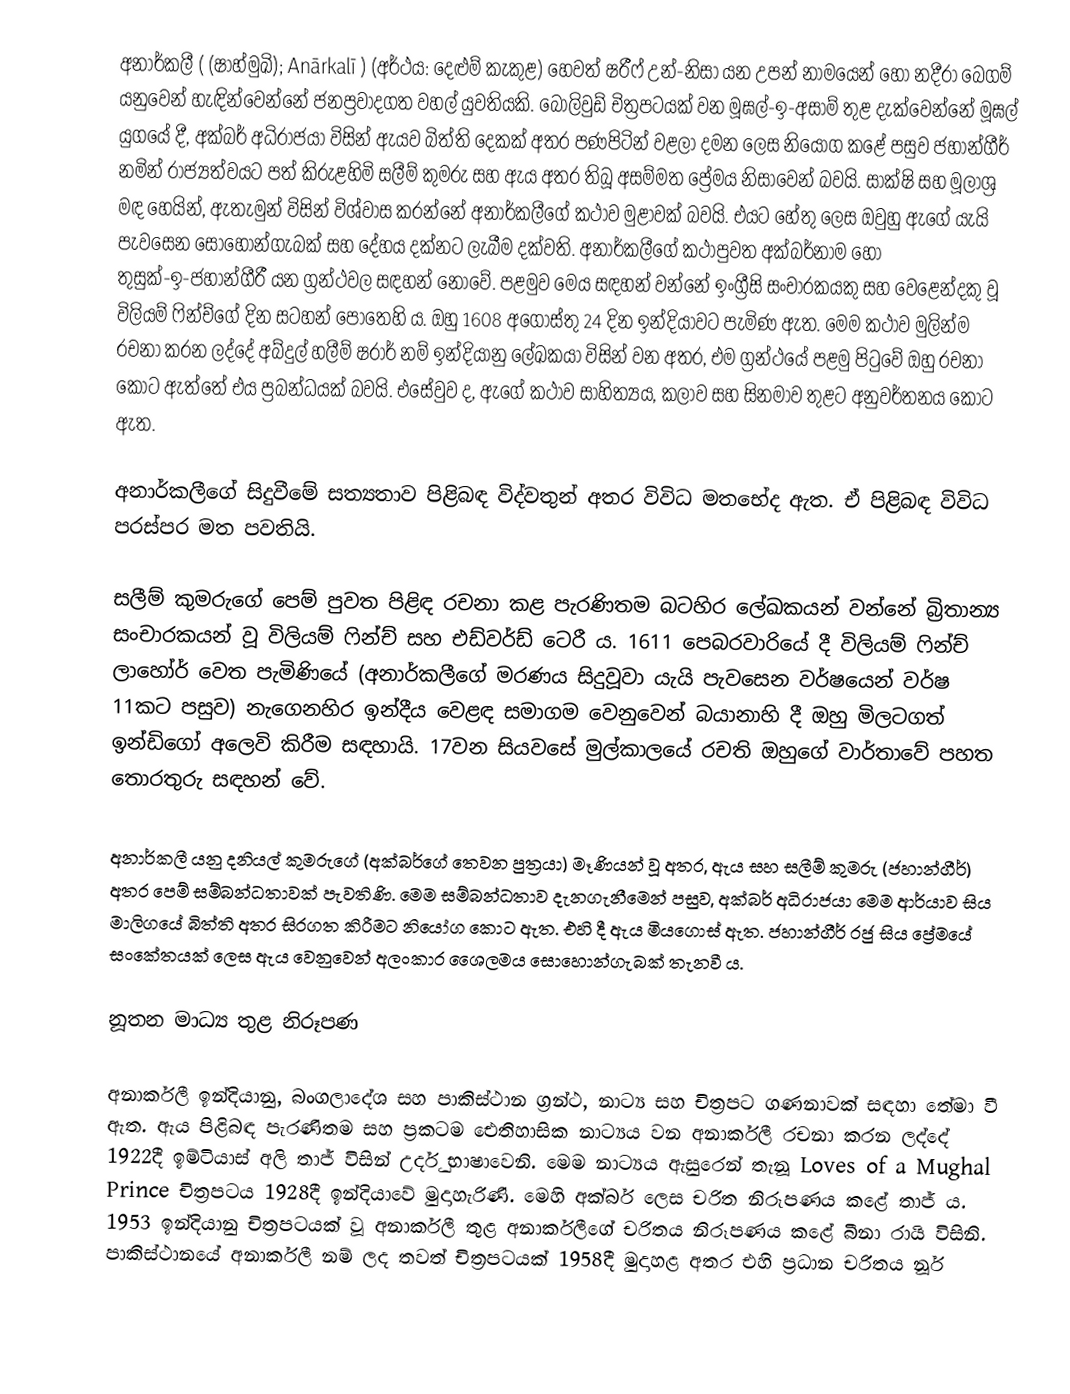
අනාර්කලී ( (ෂාහ්මුඛි); Anārkalī ) (අර්ථය: දෙළුම් කැකුළ) හෙවත් ෂරීෆ් උන්-නිසා යන උපන් නාමයෙන් හෝ නදීරා බෙගම් යනුවෙන් හැඳින්වෙන්නේ ජනප්‍රවාදගත වහල් යුවතියකි. බොලිවුඩ් චිත්‍රපටයක් වන මූඝල්-ඉ-අසාම් තුළ දැක්වෙන්නේ මූඝල් යුගයේ දී, අක්බර් අධිරාජයා විසින් ඇයව බිත්ති දෙකක් අතර පණපිටින් වළලා දමන ලෙස නියෝග කළේ පසුව ජහාන්ගීර් නමින් රාජ්‍යත්වයට පත් කිරුළහිමි සලීම් කුමරු සහ ඇය අතර තිබූ අසම්මත ප්‍රේමය නිසාවෙන් බවයි. සාක්ෂි සහ මූලාශ්‍ර මඳ හෙයින්, ඇතැමුන් විසින් විශ්වාස කරන්නේ අනාර්කලීගේ කථාව මුළාවක් බවයි. එයට හේතු ලෙස ඔවුහු ඇගේ යැයි පැවසෙන සොහොන්ගැබක් සහ දේහය දක්නට ලැබීම දක්වති. අනාර්කලීගේ කථාපුවත අක්බර්නාම හෝ තුසුක්-ඉ-ජහාන්ගීරී යන ග්‍රන්ථවල සඳහන් නොවේ. පළමුව මෙය සඳහන් වන්නේ ඉංග්‍රීසි සංචාරකයකු සහ වෙළෙන්දකු වූ විලියම් ෆින්ච්ගේ දින සටහන් පොතෙහි ය. ඔහු 1608 අගෝස්තු 24 දින ඉන්දියාවට පැමිණ ඇත. මෙම කථාව මුලින්ම රචනා කරන ලද්දේ අබ්දුල් හලීම් ෂරාර් නම් ඉන්දියානු ලේඛකයා විසින් වන අතර, එම ග්‍රන්ථයේ පළමු පිටුවේ ඔහු රචනා කොට ඇත්තේ එය ප්‍රබන්ධයක් බවයි. එසේවුව ද, ඇගේ කථාව සාහිත්‍යය, කලාව සහ සිනමාව තුළට අනුවර්තනය කොට ඇත.

අනාර්කලීගේ සිදුවීමේ සත්‍යතාව පිළිබඳ විද්වතුන් අතර විවිධ මතභේද ඇත. ‍ඒ පිළිබඳ විවිධ පරස්පර මත පවතියි.

සලීම් කුමරුගේ පෙම් පුවත පිළිඳ රචනා කළ පැරණිතම බටහිර ලේඛකයන් වන්නේ බ්‍රිතාන්‍ය සංචාරකයන් වූ විලියම් ෆින්ච් සහ එඩ්වර්ඩ් ටෙරී ය.  1611 පෙබරවාරියේ දී විලියම් ෆින්ච් ලාහෝර් වෙත පැමිණියේ (අනාර්කලීගේ මරණය සිදුවූවා යැයි පැවසෙන වර්ෂයෙන් වර්ෂ 11කට පසුව) නැගෙනහිර ඉන්දීය වෙළඳ සමාගම වෙනුවෙන් බයානාහි දී ඔහු මිලටගත් ඉන්ඩිගෝ අලෙවි කිරීම සඳහායි. 17වන සියවසේ මුල්කාලයේ රචති ඔහුගේ වාර්තාවේ පහත තොරතුරු සඳහන් වේ.

අනාර්කලී යනු දනියල් කුමරුගේ (අක්බර්ගේ තෙවන පුත්‍රයා) මෑණියන් වූ අතර, ඇය සහ සලීම් කුමරු (ජහාන්ගීර්) අතර පෙම් සම්බන්ධතාවක් පැවතිණි. මෙම සම්බන්ධතාව දැනගැනීමෙන් පසුව, අක්බර් අධිරාජයා මෙම ආර්යාව සිය මාලිගයේ බිත්ති අතර සිරගත කිරීමට නියෝග කොට ඇත. එහි දී ඇය මියගොස් ඇත. ජහාන්ගීර් රජු සිය ප්‍රේමයේ සංකේතයක් ලෙස ඇය වෙනුවෙන් අලංකාර ශෛලමය සොහොන්ගැබක් තැනවී ය.

නූතන මාධ්‍ය තුළ නිරූපණ

අනාර්කලී ඉන්දියානු, බංගලාදේශ සහ පාකිස්ථාන ග්‍රන්ථ, නාට්‍ය සහ චිත්‍රපට ගණනාවක් සඳහා තේමා වී ඇත. ඇය පිළිබඳ පැරණිතම සහ ප්‍රකටම ඓතිහාසික නාට්‍යය වන අනාර්කලී රචනා කරන ලද්දේ 1922දී ඉම්ටියාස් අලි තාජ් විසින් උර්දු භාෂාවෙනි. මෙම නාට්‍යය ඇසුරෙන් තැනූ Loves of a Mughal Prince චිත්‍රපටය 1928දී ඉන්දියාවේ මුදාහැරිණි. මෙහි අක්බර් ලෙස චරිත නිරූපණය කළේ තාජ් ය. 1953 ඉන්දියානු චිත්‍රපටයක් වූ අනාර්කලී තුළ අනාර්කලීගේ චරිතය නිරූපණය කළේ බීනා රායි විසිනි. පාකිස්ථානයේ අනාර්කලී නම් ලද තවත් චිත්‍රපටයක් 1958දී මුදාහළ අතර එහි ප්‍රධාන චරිතය නූර්